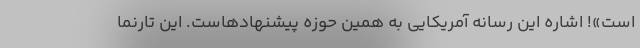
است»! اشاره این رسانه آمریکایی به همین حوزه پیشنهادهاست. این تارنما